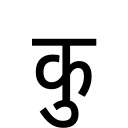
OCR:
कु